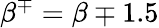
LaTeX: \beta^{\mp}=\beta\mp 1.5